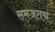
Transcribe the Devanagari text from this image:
समजतच